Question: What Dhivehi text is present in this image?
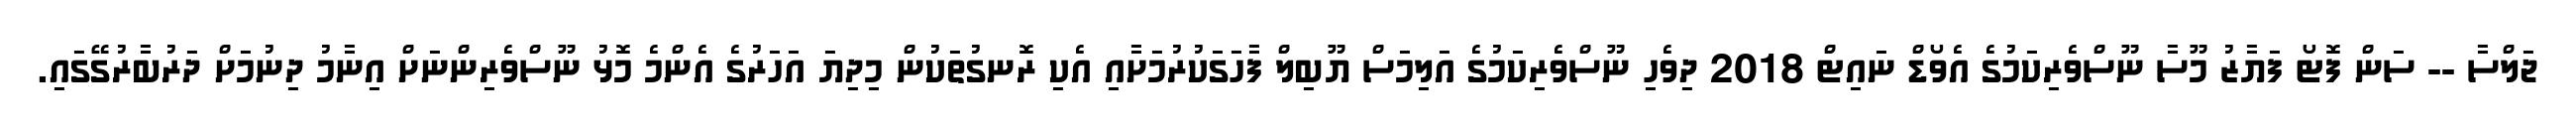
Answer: ޖަލްސާ -- ސަން ފޮޓޯ ފަޔާޒު މޫސާ ނޫސްވެރިކަމުގެ އެވޯޑް ނައިޓް 2018 ދިވެހި ނޫސްވެރިކަމުގެ އަލިމަސް ޔޫބިލް ފާހަގަކުރުމަށާއި އެކި ރޮނގުތަކުން މިދިޔަ އަހަރުގެ އެންމެ މޮޅު ނޫސްވެރިންނަށް އިނާމު ދިނުމަށް ދަރުބާރުގޭގައި.